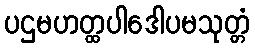
ပဌမဟတ္ထပါဒေါပမသုတ္တံ